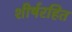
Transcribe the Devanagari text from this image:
शीर्षरहित